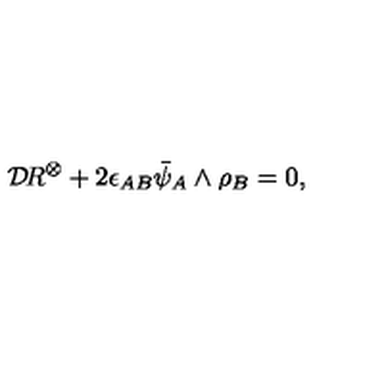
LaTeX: { \cal D } \! R ^ { \otimes } + 2 \epsilon _ { A B } \bar { \psi } _ { A } \wedge \rho _ { B } = 0 ,